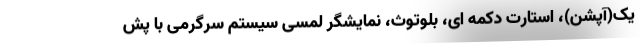
یک(آپشن)، استارت دکمه ای، بلوتوث، نمایشگر لمسی سیستم سرگرمی با پش